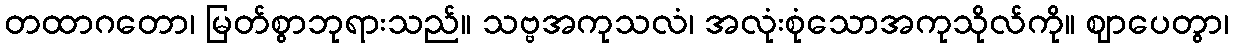
တထာဂတော၊ မြတ်စွာဘုရားသည်။ သဗ္ဗအကုသလံ၊ အလုံးစုံသောအကုသိုလ်ကို။ ဈာပေတွာ၊